Insane asylums Bombay 1873-77 - 1873-1877
Year: 1873
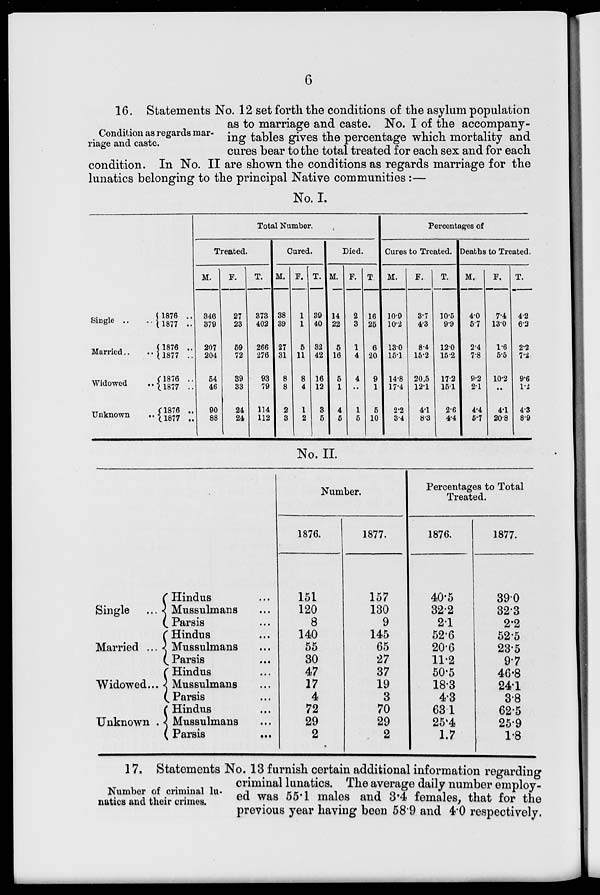
6
Condition as regards mar-
riage and caste.
16. Statements No. 12 set forth the conditions of the asylum population
as to marriage and caste. No. I of the accompany-
ing tables gives the percentage which mortality and
cures bear to the total treated for each sex and for each
condition. In No. II are shown the conditions as regards marriage for the
lunatics belonging to the principal Native communities :—
No. I.
Single ..
Married..
Widowed ..
Unknown..
1876 ..
1877 ..
1876 ..
1877 ..
1876 ..
1877 ..
1876 ..
1877 ..
Total Number.
Treated.
M.
346
379
207
204
54
46
90
88
F.
27
23
59
72
39
33
24
24
T.
373
402
266
276
93
79
114
112
Cured.
M.
38
39
27
31
8
8
2
3
F.
1
1
5
11
8
4
1
2
T.
39
40
32
42
16
12
3
5
Died.
M.
14
22
5
16
5
1
4
5
F.
2
3
1
4
4
..
1
5
T.
16
25
6
20
9
1
5
10
Percentages of
Cures to Treated.
M.
10.9
10.2
13.0
15.1
14.8
17.4
2.2
3.4
F.
3.7
4.3
8.4
15.2
20.5
12.1
4.1
8.3
T.
10.5
9.9
12.0
15.2
17.2
15.1
2.6
4.4
Deaths to Treated.
M.
4.0
5.7
2.4
7.8
9.2
2.1
4.4
5.7
F.
7.4
13.0
1.6
5.5
10.2
..
4.1
20.8
T.
4.2
6.2
2.2
7.2
9.6
1.2
4.3
8.9
No. II.
Single ...
Married ...
Widowed...
Unknown .
Hindus ...
Mussulmans ...
Parsis ...
Hindus ...
Mussulmans ...
Parsis ...
Hindus ...
Mussulmans ...
Parsis ...
Hindus ...
Mussulmans ...
Parsis ...
Number.
1876.
151
120
8
140
55
30
47
17
4
72
29
2
1877.
157
130
9
145
65
27
37
19
3
70
29
2
Percentages to Total
Treated.
1876.
40.5
32.2
2.1
52.6
20.6
11.2
50.5
18.3
4.3
63.1
25.4
1.7
1877.
39.0
32.3
2.2
52.5
23.5
9.7
46.8
24.1
3.8
62.5
25.9
1.8
Number of criminal lu-
natics and their crimes.
17. Statements No. 13 furnish certain additional information regarding
criminal lunatics. The average daily number employ-
ed was 55.1 males and 3.4 females, that for the
previous year having been 58.9 and 4.0 respectively.